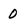
Character: 0